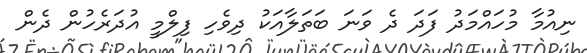
ނިއުމާ މުހައްމަދު ފަދަ ދެ ވަނަ ބަތަލާއަކު ދިވެހި ފިލްމީ އުދަރެހުން ދެން